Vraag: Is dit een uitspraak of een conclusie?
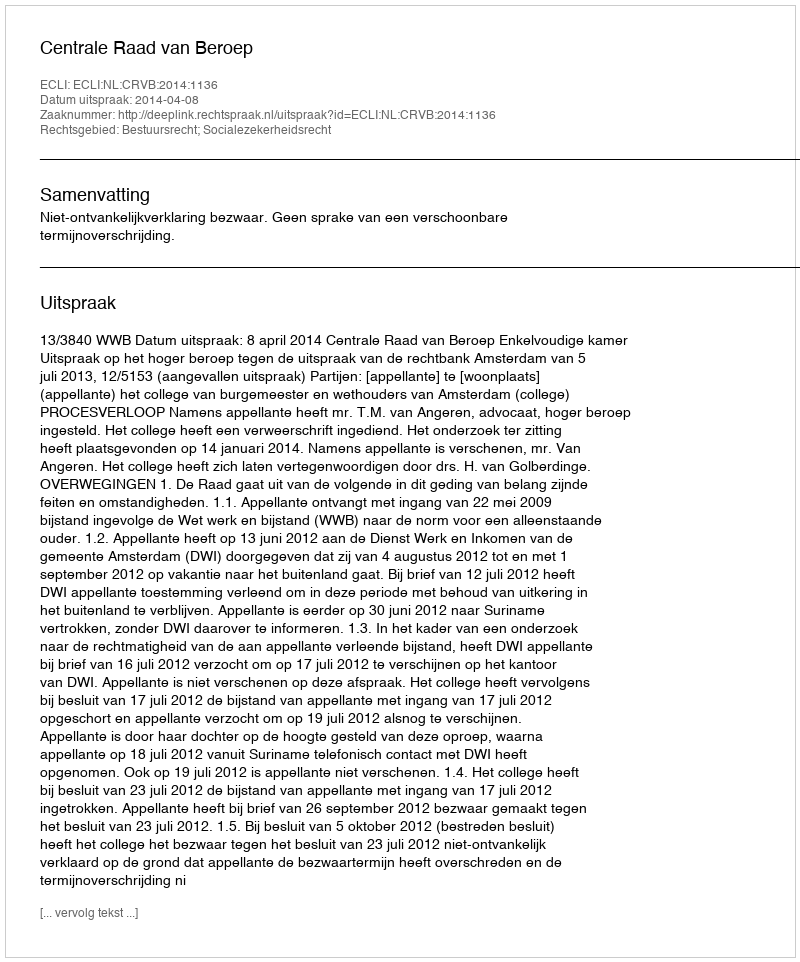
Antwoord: Uitspraak